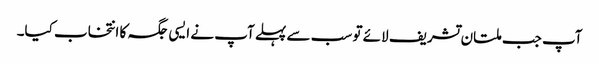
آپ جب ملتان تشریف لائے تو سب سے پہلے آپ نے ایسی جگہ کا انتخاب کیا۔